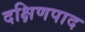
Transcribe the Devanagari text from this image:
दक्षिणपाद